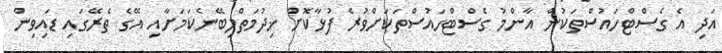
އަދި އެ ގެސްޓްހައުސްތަކުން އާންމު ގެސްޓްހައުސްތަކަށްވުރެ ފުޅާކޮށް ޚިދުމަތްލިބޭނެކަމަށާއި އޭގެ ތެރޭގައި ޑައިވިން